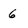
Character: 6